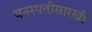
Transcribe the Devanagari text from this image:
वनस्पतीसारखी